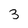
Character: 3